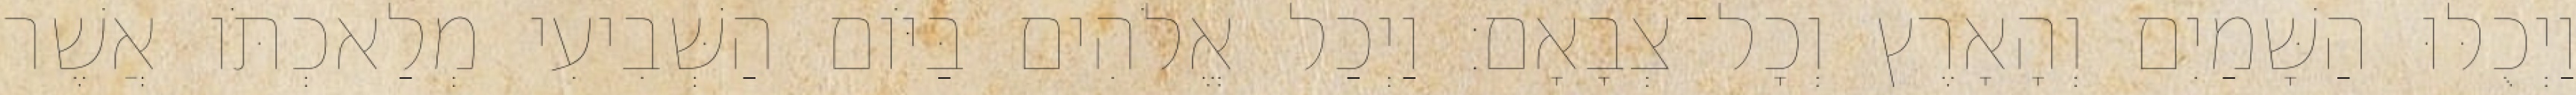
וַיְכֻלּוּ הַשָּׁמַיִם וְהָאָרֶץ וְכָל־צְבָאָם׃ וַיְכַל אֱלֹהִים בַּיֹּום הַשְּׁבִיעִי מְלַאכְתֹּו אֲשֶׁר